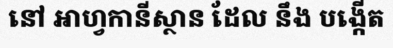
នៅ អាហ្វកានីស្ថាន ដែល នឹង បង្កើត